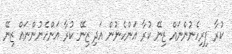
ކުރާ ފިރިހެނުންނައް ޒިނޭ ކުރާ އަންހެނުން އަދި ޒިނޭ ކުރާ އަންހެނުންނައް ޒިނޭ